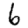
Digit: 6